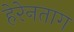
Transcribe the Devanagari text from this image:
हेरेनताग